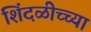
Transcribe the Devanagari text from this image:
शिंदळीच्च्या